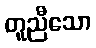
တူညီသော